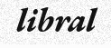
libral